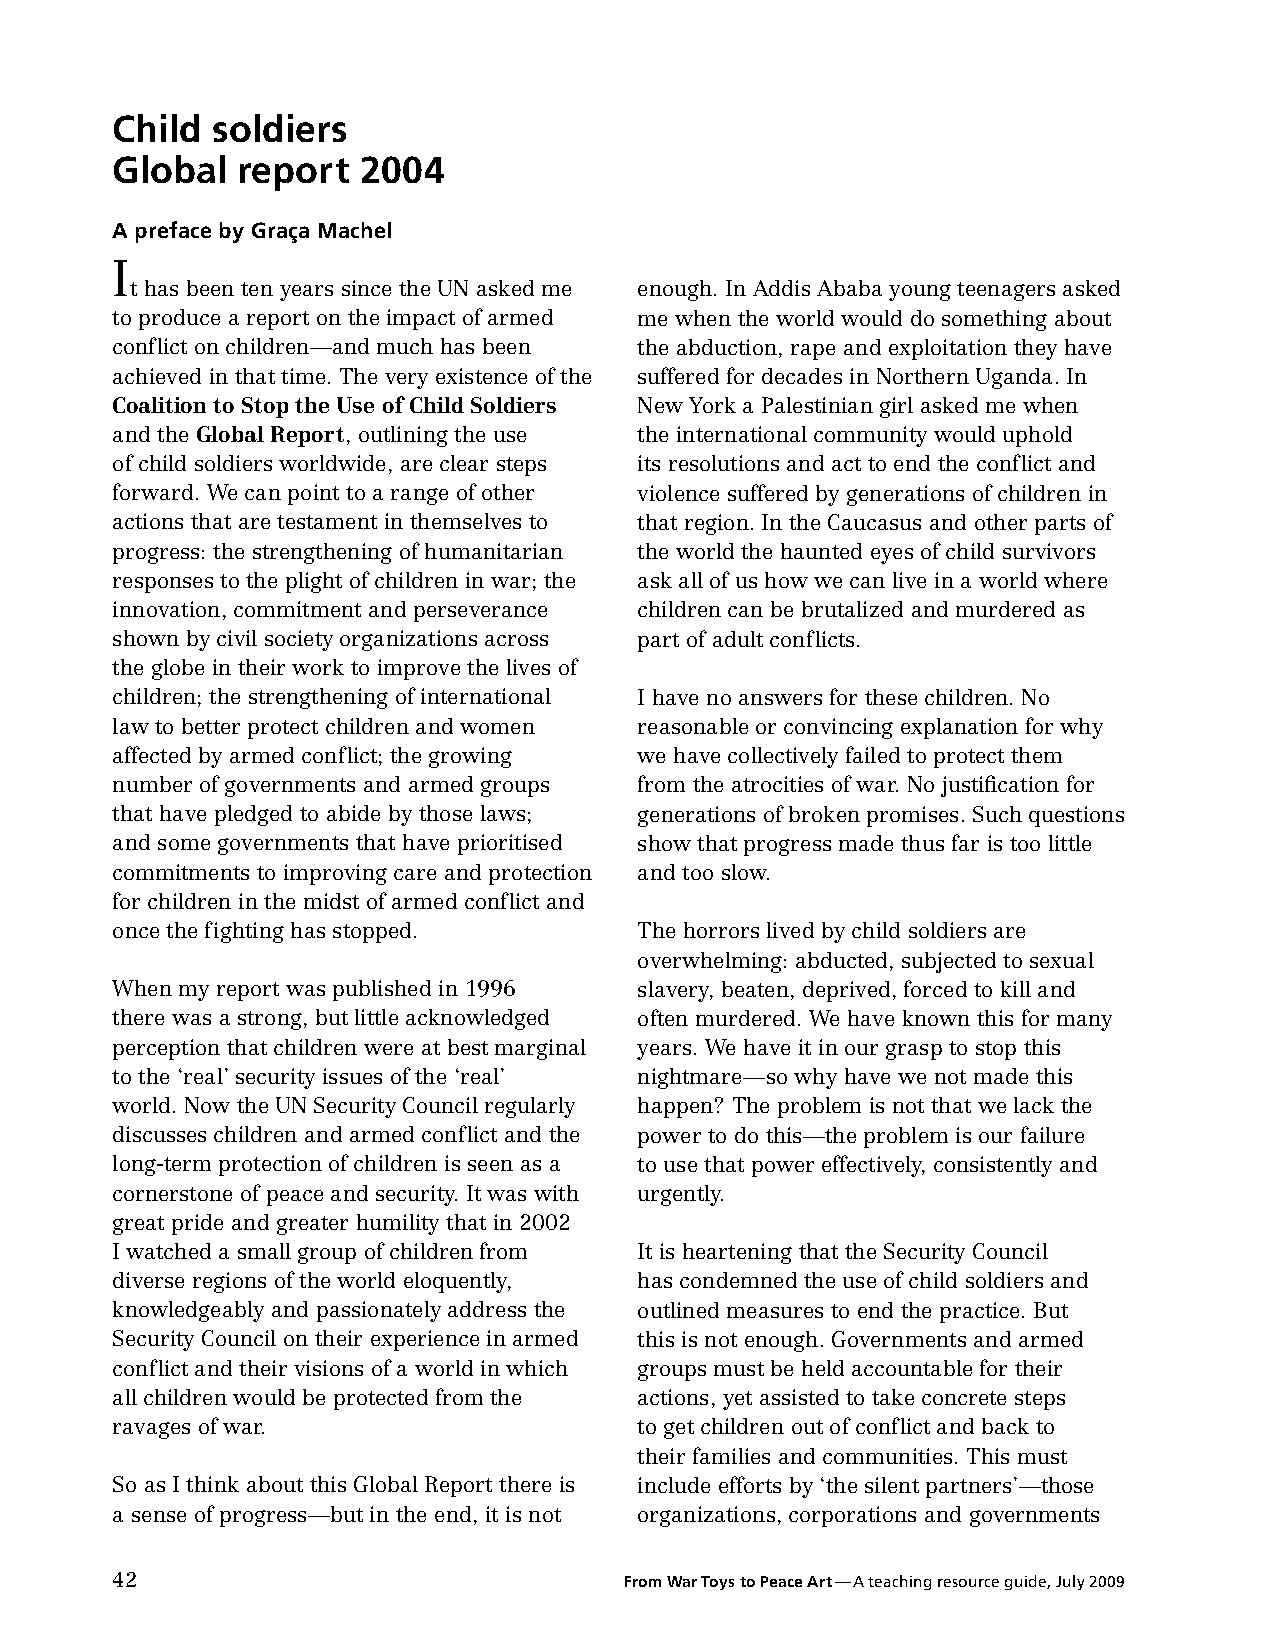
Child  soldiers
 Global   report  2004
 A preface by Graça Machel
 I
 t has been ten years since the UN asked me enough. In Addis Ababa young teenagers asked
 to produce a report on the impact of armed me when the world would do something about
 conflict on children—and much has been the abduction, rape and exploitation they have
 achieved in that time. The very existence of the suffered for decades in Northern Uganda. In
 Coalition to Stop the Use of Child Soldiers New York a Palestinian girl asked me when
 and the Global Report, outlining the use the international community would uphold
 of child soldiers worldwide, are clear steps its resolutions and act to end the conflict and
 forward. We can point to a range of other violence suffered by generations of children in
 actions that are testament in themselves to that region. In the Caucasus and other parts of
 progress: the strengthening of humanitarian the world the haunted eyes of child survivors
 responses to the plight of children in war; the ask all of us how we can live in a world where
 innovation, commitment and perseverance children can be brutalized and murdered as
 shown by civil society organizations across part of adult conflicts.
 the globe in their work to improve the lives of
 children; the strengthening of international I have no answers for these children. No
 law to better protect children and women reasonable or convincing explanation for why
 affected by armed conflict; the growing we have collectively failed to protect them
 number of governments and armed groups from the atrocities of war. No justification for
 that have pledged to abide by those laws; generations of broken promises. Such questions
 and some governments that have prioritised show that progress made thus far is too little
 commitments to improving care and protection and too slow.
 for children in the midst of armed conflict and
 once the fighting has stopped.     The horrors lived by child soldiers are
 overwhelming: abducted, subjected to sexual
 When my report was published in 1996 slavery, beaten, deprived, forced to kill and
 there was a strong, but little acknowledged often murdered. We have known this for many
 perception that children were at best marginal years. We have it in our grasp to stop this
 to the ‘real’ security issues of the ‘real’ nightmare—so why have we not made this
 world. Now the UN Security Council regularly happen? The problem is not that we lack the
 discusses children and armed conflict and the power to do this—the problem is our failure
 long-term protection of children is seen as a to use that power effectively, consistently and
 cornerstone of peace and security. It was with urgently.
 great pride and greater humility that in 2002
 I watched a small group of children from It is heartening that the Security Council
 diverse regions of the world eloquently, has condemned the use of child soldiers and
 knowledgeably and passionately address the outlined measures to end the practice. But
 Security Council on their experience in armed this is not enough. Governments and armed
 conflict and their visions of a world in which groups must be held accountable for their
 all children would be protected from the actions, yet assisted to take concrete steps
 ravages of war.                    to get children out of conflict and back to
 their families and communities. This must
 So as I think about this Global Report there is include efforts by ‘the silent partners’—those
 a sense of progress—but in the end, it is not organizations, corporations and governments
 42                                From War Toys to Peace Art —A teaching resource guide, July 2009